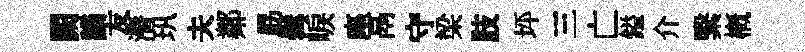
闕謫友漘㺬夫鄰勗髯唳座鬲守梁肢坪三亡鎰介繄槪